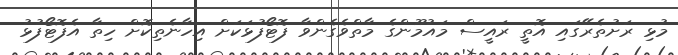
މުޅި ރަށުތެރޭގައި އޮތީ ރައީސް މައުމޫންގެ މާތްވެގެންވާ ފޮޓޯފުޅަކަށް އިހާނެތިކޮށް ހިތާ އެފޮޓޯފުޅު